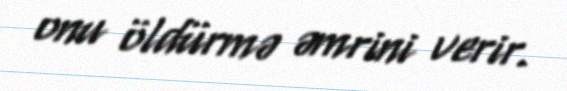
onu öldürmə əmrini verir.